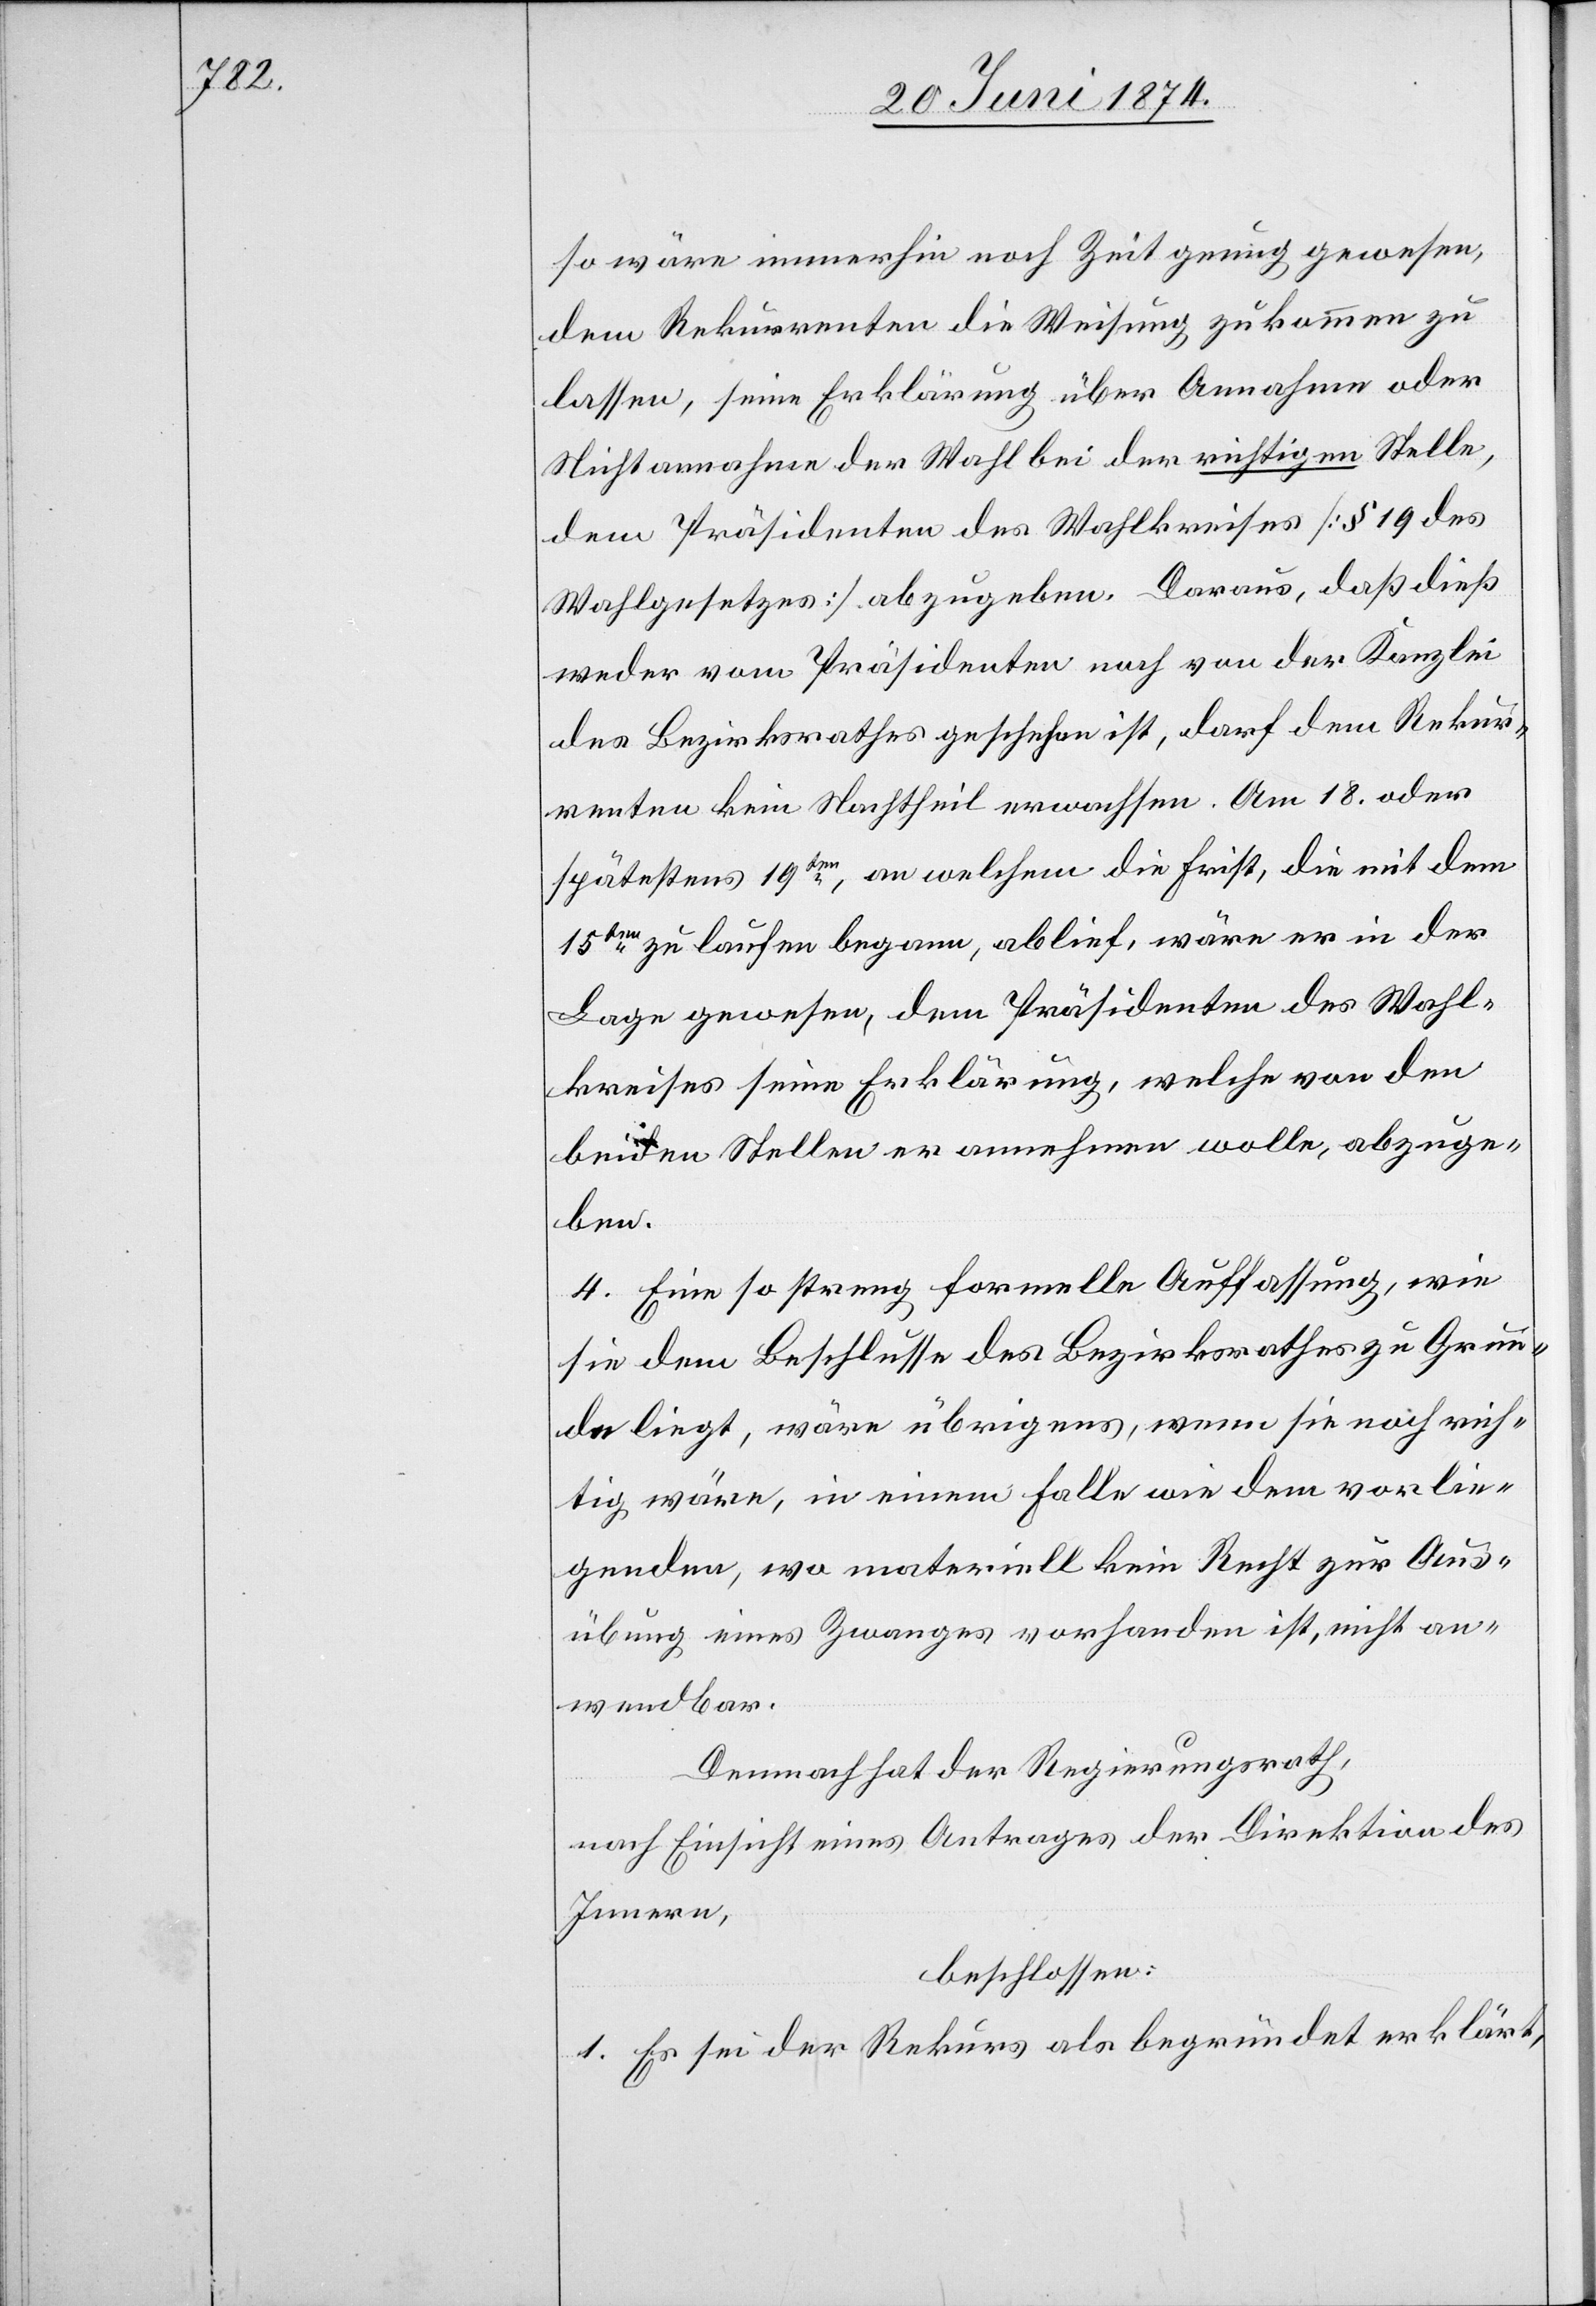
so wäre immerhin noch Zeit genug gewesen,
dem Rekurrenten die Weisung zukommen zu
lassen, seine Erklärung über Annahme oder
Nichtannahme der Wahl bei der richtigen Stelle,
dem Präsidenten des Wahlkreises [§ 19 des
Wahlgesetzes] abzugeben. Daraus, daß dieß
weder vom Präsidenten noch von der Kanzlei
des Bezirksrathes geschehen ist, darf dem Rekur¬
renten kein Nachtheil erwachsen. Am 18. oder
spätestens 19ten, an welchem die Frist, die mit dem
15ten zu laufen begann, ablief, wäre er in der
Lage gewesen, dem Präsidenten des Wahl¬
kreises seine Erklärung, welche von den
beiden Stellen er annehmen wolle, abzuge¬
ben.
4. Eine so streng formelle Auffassung, wie
sie dem Beschlusse des Bezirksrathes zu Grun¬
de liegt, wäre übrigens, wenn sie noch rich¬
tig wäre, in einem Falle wie dem vorlie¬
genden, wo materiell kein Recht zur Aus¬
übung eines Zwanges vorhanden ist, nicht an¬
wendbar.
Demnach hat der Regierungsrath,
nach Einsicht eines Antrages der Direktion des
Innern,
beschlossen:
1. Es sei der Rekurs als begründet erklärt,